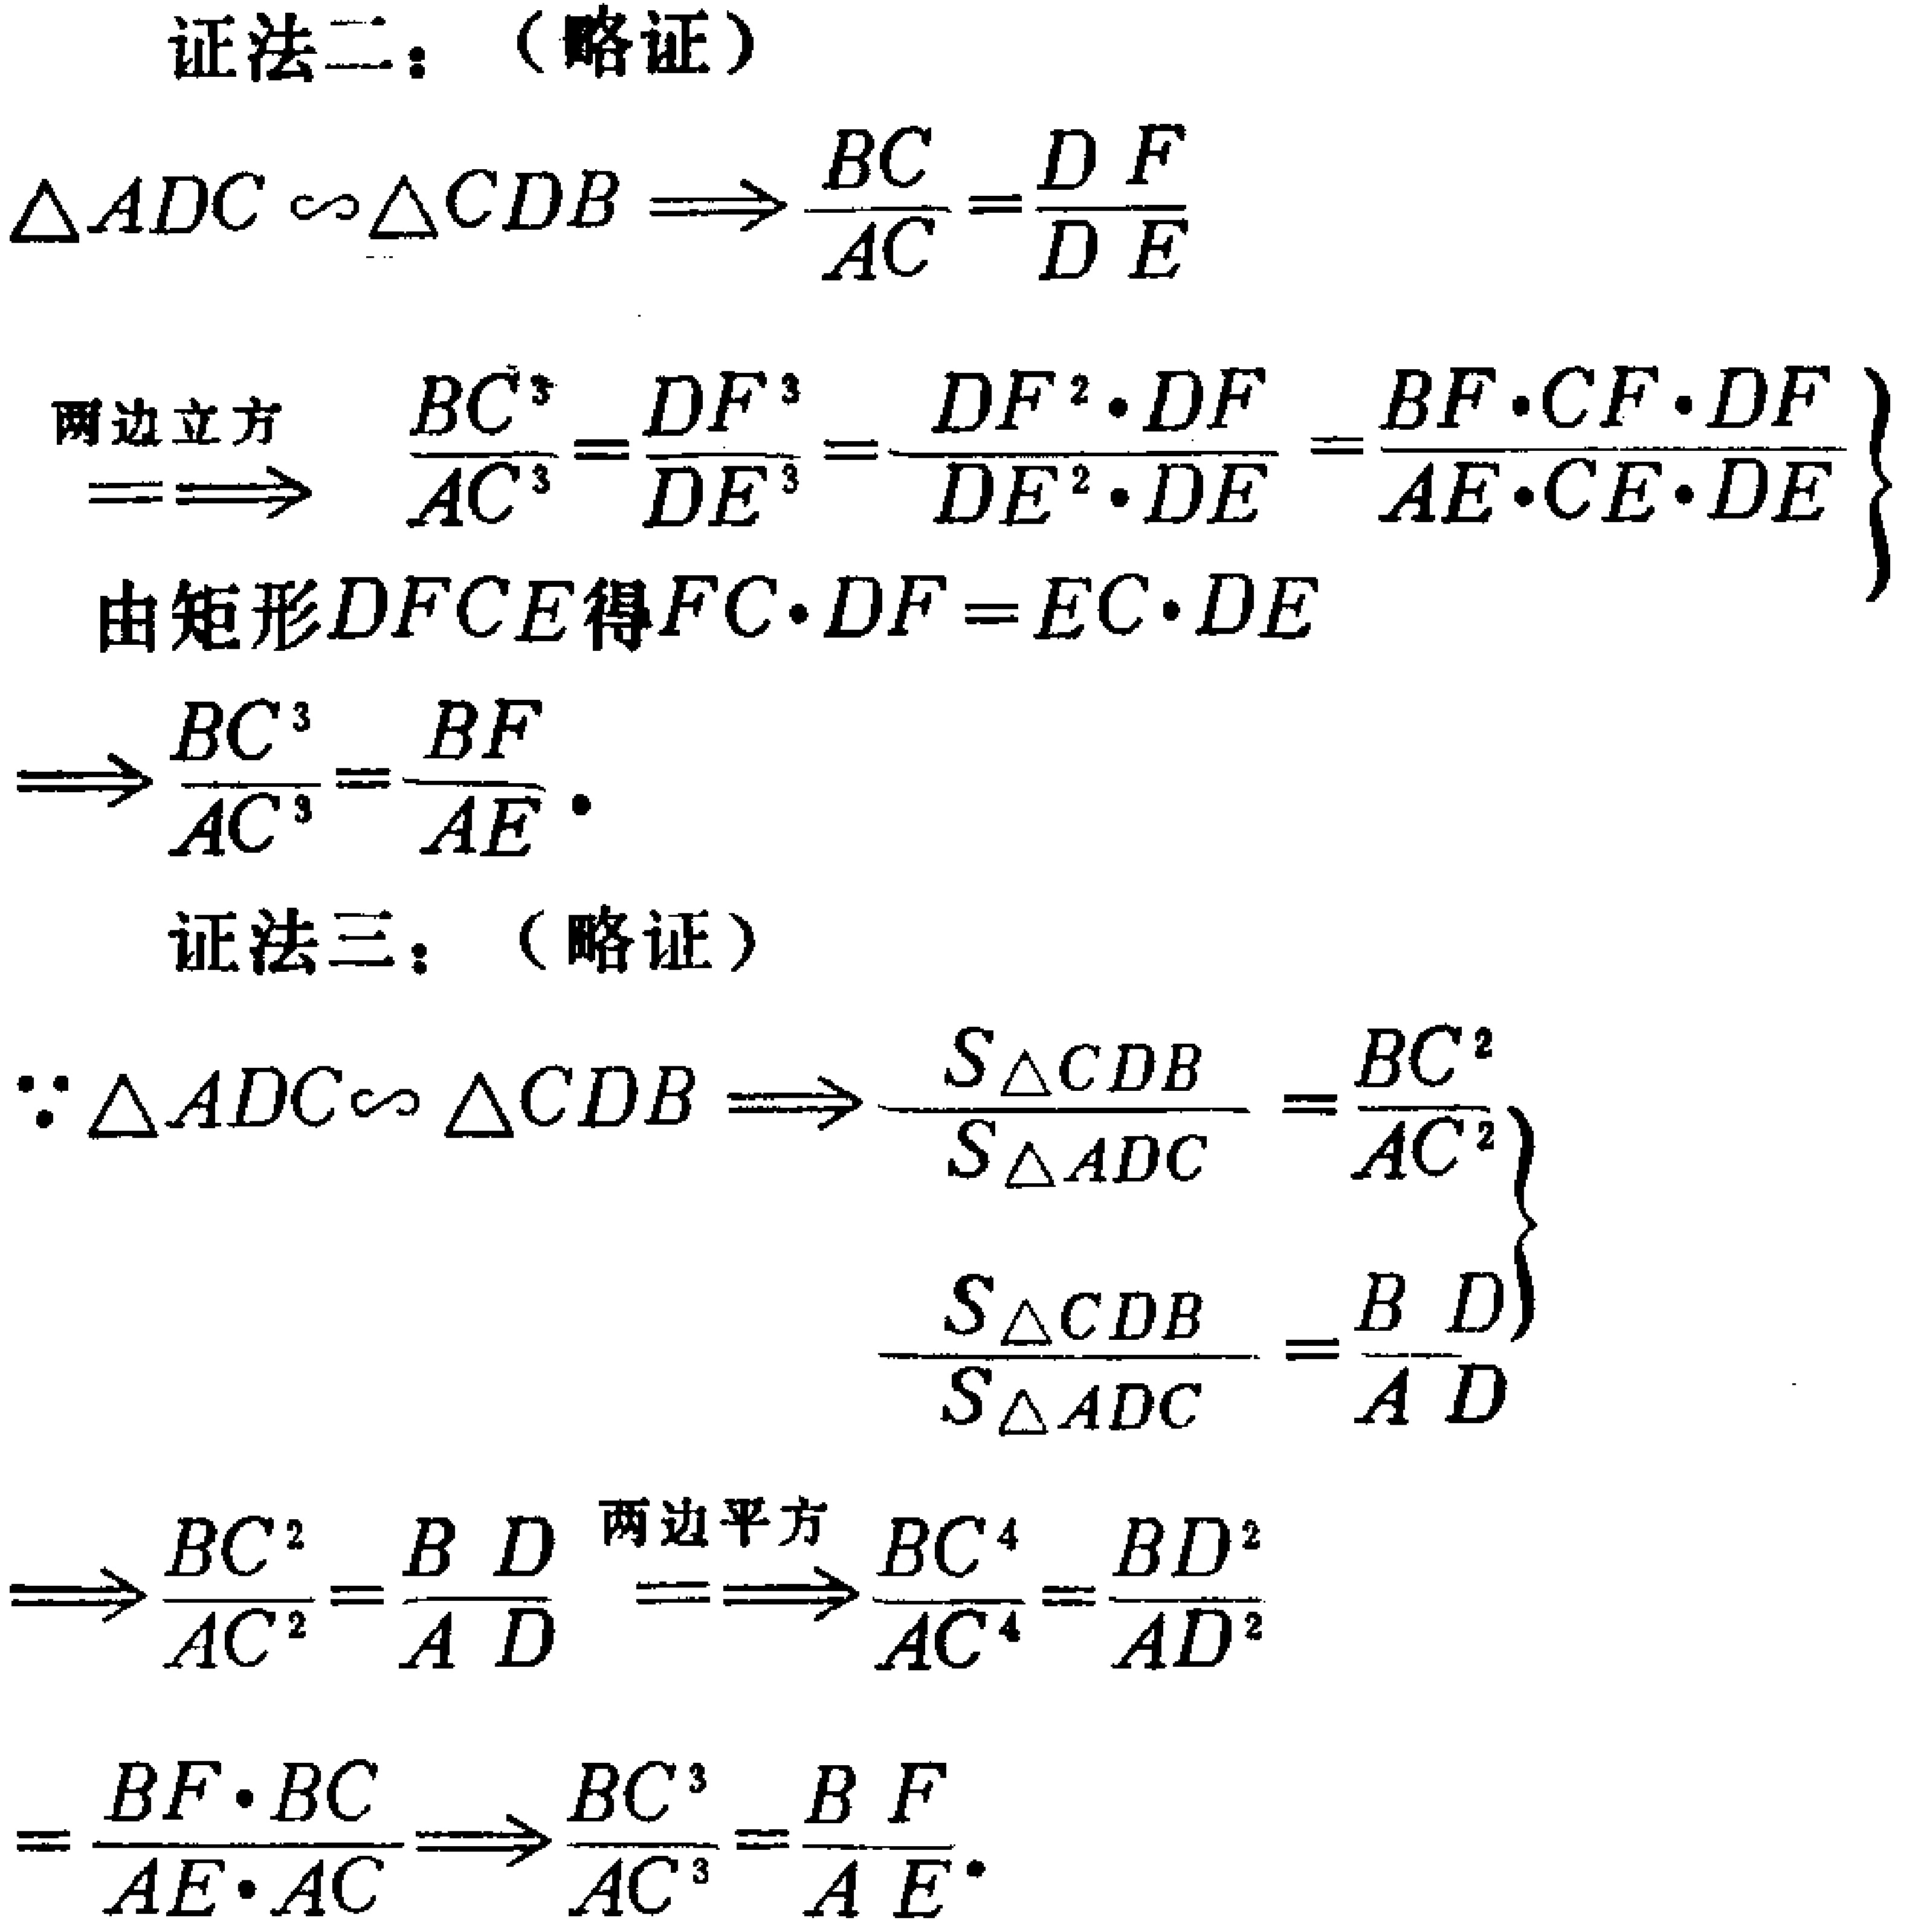
证法二：（略证）

\(\triangle ADC\sim\triangle CDB\Rightarrow\frac{BC}{AC}=\frac{DF}{DE}\)

两边立方

\(\Rightarrow\frac{BC^{3}}{AC^{3}}=\frac{DF^{3}}{DE^{3}}=\frac{DF^{2}\cdot DF}{DE^{2}\cdot DE}=\frac{BF\cdot CF\cdot DF}{AE\cdot CE\cdot DE}\)

由矩形\(DFCE\)得\(FC\cdot DF = EC\cdot DE\)

\(\Rightarrow\frac{BC^{3}}{AC^{3}}=\frac{BF}{AE}\)

证法三：（略证）

\(\because\triangle ADC\sim\triangle CDB\Rightarrow\begin{cases}\frac{S_{\triangle CDB}}{S_{\triangle ADC}}=\frac{BC^{2}}{AC^{2}}\\\frac{S_{\triangle CDB}}{S_{\triangle ADC}}=\frac{BD}{AD}\end{cases}\)

\(\Rightarrow\frac{BC^{2}}{AC^{2}}=\frac{BD}{AD}\) 两边平方 \(\Rightarrow\frac{BC^{4}}{AC^{4}}=\frac{BD^{2}}{AD^{2}}\)

\(=\frac{BF\cdot BC}{AE\cdot AC}\Rightarrow\frac{BC^{3}}{AC^{3}}=\frac{BF}{AE}\)